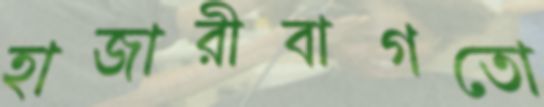
হাজারীবাগতো